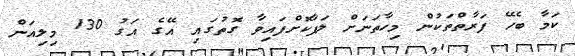
ކަމާ ބެހޭ ފަރާތްތަކުން މިހާތަނަށް ލަފާކޮށްފައިވާ ގޮތުގައި އޭގެ އަގު 130 މިލިއަން